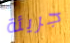
جريئة